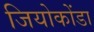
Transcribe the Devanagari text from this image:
जियोकोंडा